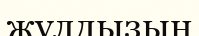
жұлдызын